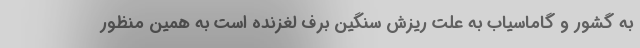
به گشور و گاماسیاب به علت ریزش سنگین برف لغزنده است به همین منظور